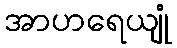
အာဟရေယျုံ